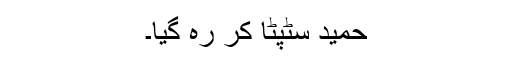
حمید سٹپٹا کر رہ گیا۔